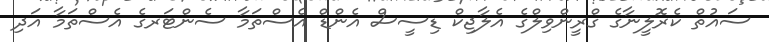
ސައުތް ކެރޮލީނާގެ ގްރީންވިލްގެ އެލާޖިކް ޑިސީސް އެންޑް އެސްތަމާ ސެންޓަރގެ އެސްތަމާ އަދި